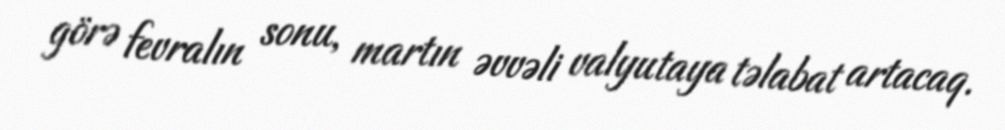
görə fevralın sonu, martın əvvəli valyutaya təlabat artacaq.